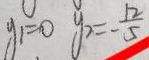
y _ { 1 } = 0 y _ { 2 } = - \frac { 1 2 } { 5 }